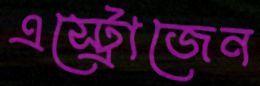
এস্ট্রোজেন